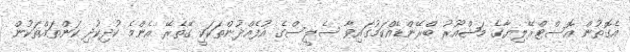
އެގޮތުން އޮސްޓްރޭލިޔާގެ މަޝްއޫރު ބްރޭންޑެއްކަމުގައިވާ ސެލީސްގެ އުފެއްދުންތަކަކީ ގޭތެރޭ އެންމެ ކުދިކުދި ކަންތައްތަކުން